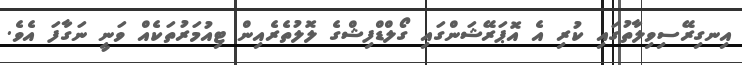
އިނގިރޭސިވިލާތުގައި ކުރި އެ އޮޕަރޭޝަންގައި ގޯލްޑްފިޝްގެ ލޮލުތެރެއިން ޓިއުމަރުތަކެއް ވަނީ ނަގާފަ އެވެ.